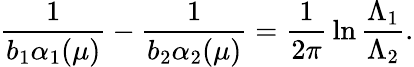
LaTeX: \frac{1}{b_{1}\alpha_{1}(\mu)}-\frac{1}{b_{2}\alpha_{2}(\mu)}=\frac{1}{2\pi}\, \ln\frac{\Lambda_{1}}{\Lambda_{2}}.